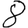
Digit: 8